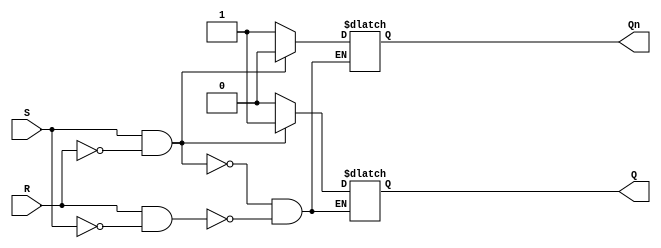
module sr_flip_flop (
    input S,
    input R,
    output reg Q,
    output reg Qn
);

always @ (S or R) begin
    if (S && !R) begin
        Q <= 1;
        Qn <= 0;
    end else if (R && !S) begin
        Q <= 0;
        Qn <= 1;
    end
end

endmodule